Report of the Imperial Institute of Veterinary Research, Muktesar
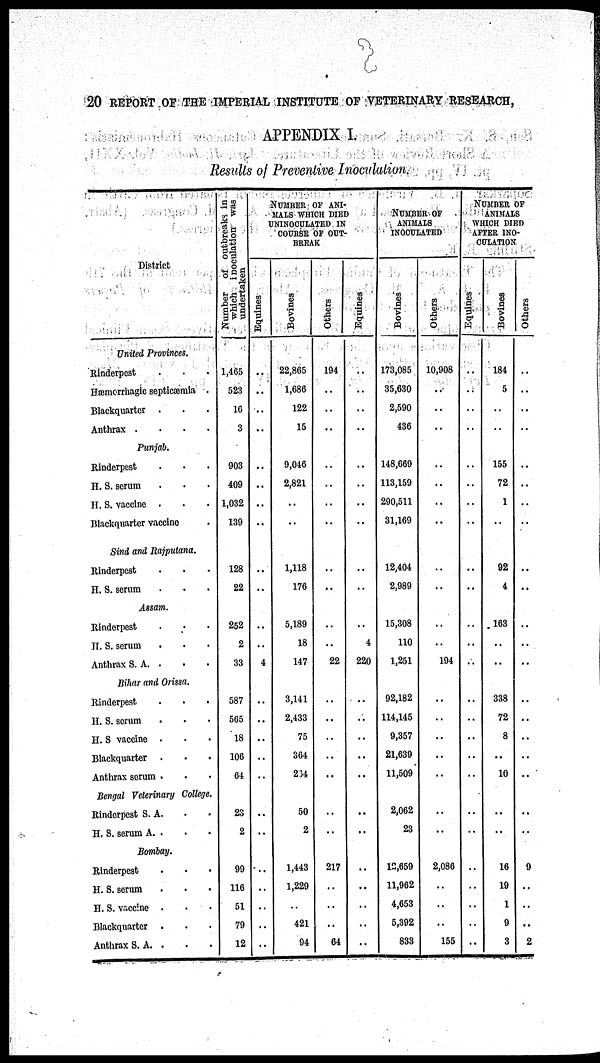
20 REPORT OF THE IMPERIAL INSTITUTE OF VETERINARY RESEARCH,
APPENDIX I.
Results of Preventive Inoculation.
District
United Provinces.
Rinderpest . . .
Hæmorrhagic septicæmia .
Blackquarter . . .
Anthrax
.
.
.
.
Punjab.
Rinderpest . . .
H.S. serum . . .
H. S. vaccine . . .
Blackquarter vaccine .
Sind and Rajputana.
Rinderpest . . .
H. S. serum . . .
Assam.
Rinderpest . . .
H. S. serum . . .
Anthrax S. A. . . .
Bihar and Orissa.
Rinderpest . . .
H. S. serum . . .
H. S. vaccine . . .
Blackquarter . . .
Anthrax serum . . .
Bengal Veterinary College.
Rinderpest S. A . . .
H. S. serum A . . .
Bombay.
Rinderpest . . .
H. S. serum . . .
H. S. vaccine . . .
Blackquarter . . .
Anthrax S.A. . . .
Number of outbreaks in
which
inoculation was
undertaken
1,465
523
16
3
903
409
1,032
139
128
22
252
2
33
587
565
18
106
64
23
2
99
116
51
79
12
NUMBER OF ANI-
MALS WHICH DIED
UNINOCULATED IN
COURSE OF OUT-
BREAK
Equines
..
..
..
..
..
..
..
..
..
..
..
..
4
..
..
..
..
..
..
..
..
..
..
..
Bovines
22,865
1,686
122
15
9,046
2,821
..
..
1,118
176
5,189
18
147
3,141
2,433
75
364
264
50
2
1,443
1,229
421
94
Others
194
..
..
..
...
..
..
..
..
..
..
..
22
..
..
..
..
..
..
217
..
..
64
Equines
..
..
..
..
..
..
..
..
..
..
..
4
220
..
..
..
..
..
..
..
..
..
..
NUBER
OF
ANIMALS
INOCULATED
Bovines
173,085
35,630
2,590
436
148,669
113,159
290,511
31,169
12,404
2,989
15,308
110
1,251
92,182
114,145
9,357
21,639
11,509
2,062
23
12,659
11,962
4,653
5,392
833
Others
10,908
..
..
..
..
..
..
..
..
..
..
194
..
..
..
..
..
..
..
2,086
..
..
..
155
NUMBER OF
ANIMALS
WHICH DIED
AFTER INO-
CULATION
Equines
..
..
..
..
..
..
..
..
..
..
..
..
..
..
..
..
..
..
..
..
..
..
..
Bovines
184
5
..
..
155
72
1
..
92
4
163
..
..
338
72
8
..
10
..
..
16
19
1
9
3
Others
..
..
..
..
..
..
..
..
..
..
..
..
..
..
..
..
..
..
..
..
9
..
..
..
2